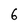
Character: 6